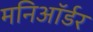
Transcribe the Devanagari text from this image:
मनिऑर्डर